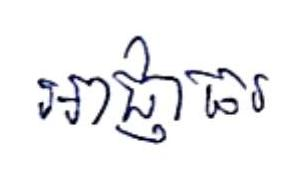
អាជ្ញាធរ